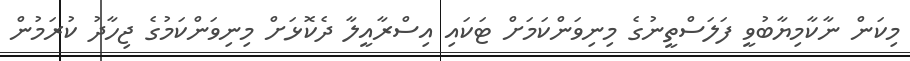
މިކަން ނާކާމިޔާބުވީ ފަލަސްތީނުގެ މިނިވަންކަމަށް ޓަކައި އިސްރާއީލާ ދެކޮޅަށް މިނިވަންކަމުގެ ޖިހާދު ކުރަމުން